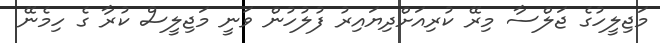
މަޖިލީހުގެ ޖަލްސާ މިރޭ ކުރިއަށްދިޔައިރު ފުލުހުން ވަނީ މަޖިލީސް ކުރާ ގެ ހިމެނޭ